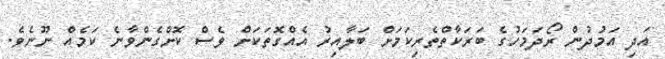
އަދި އަމުދުން ރޯދަމަހުގެ ބަރަކާތްތެރިކަމަށް ބަލާއިރު އެއްގޮތަކަށް ވެސް ކޮށްގެންވާނެ ކަމެއް ނޫނެވެ.